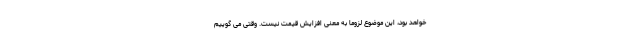
خواهد بود، این موضوع لزوما به معنی افزایش قیمت نیست. وقتی می گوییم